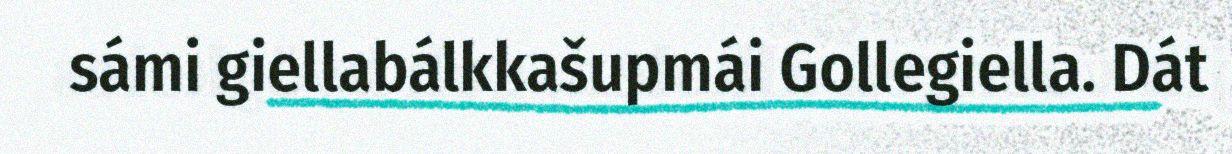
sámi giellabálkkašupmái Gollegiella. Dát